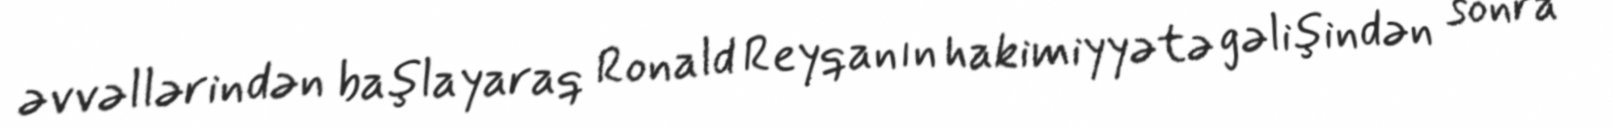
əvvəllərindən başlayaraq Ronald Reyqanın hakimiyyətə gəlişindən sonra